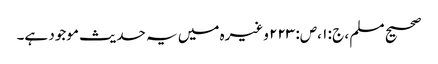
صحیح مسلم ، ج : ۱ ،ص: ۲۲۳ وغیرہ میں یہ حدیث موجود ہے۔